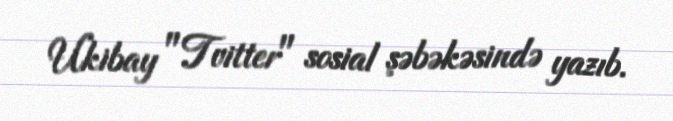
Ukibay "Tvitter" sosial şəbəkəsində yazıb.